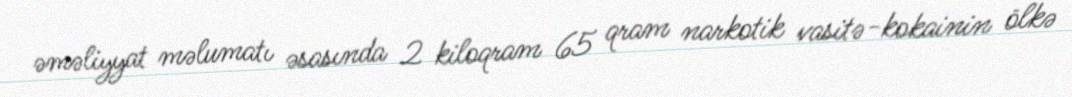
əməliyyat məlumatı əsasında 2 kiloqram 65 qram narkotik vasitə-kokainin ölkə